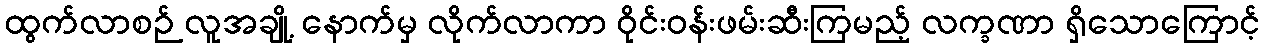
ထွက်လာစဉ် လူအချို့ နောက်မှ လိုက်လာကာ ဝိုင်းဝန်းဖမ်းဆီးကြမည့် လက္ခဏာ ရှိသောကြောင့်